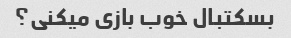
بسکتبال خوب بازی میکنی؟